Eesti_Peakonsulaat_New_Yorgis, lk 47
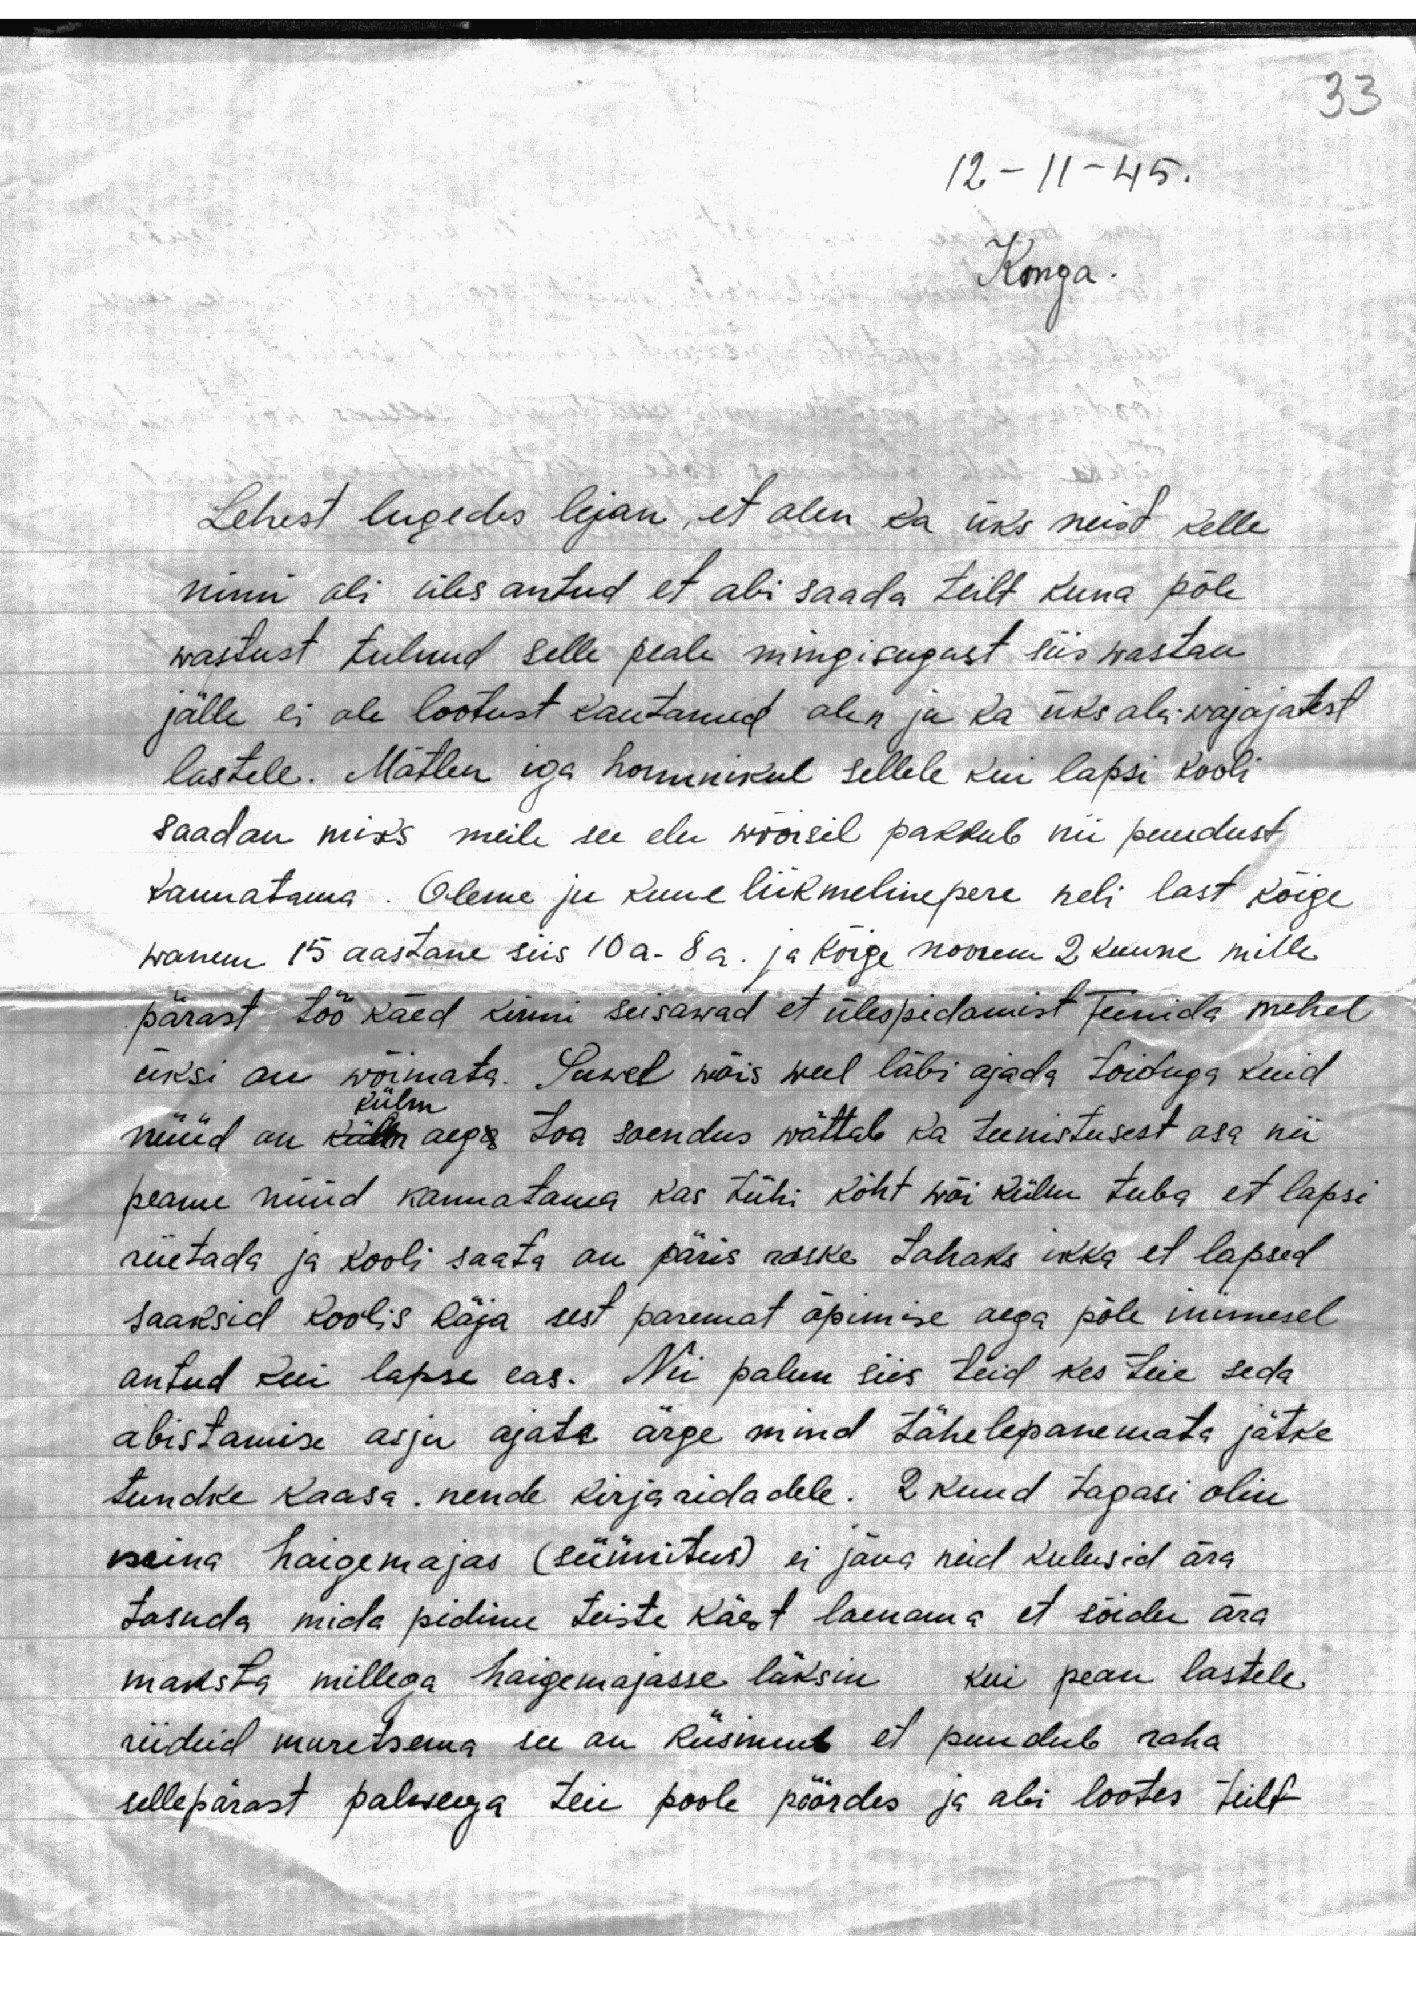
33

12-11-45.

Konga

Lehest lugedes lejan, et olen ka üks neist kelle
nimi oli üles antud et abi saada teilt kuna põle
wastust tulnud selle peale mingisugust, siis wastan
jälle ei ole lootust kautanud olen ju ka üks abi wajajatest
lastele. Mõtlen iga hommikul sellele kui lapsi kooli
saadan miks meile see elu wõõrsil pakkub nii puudust
kannatama. Oleme ju kuue liikmelinepere neli last kõige
wanem 15 aastane siis 10 a. 8 a. ja kõige noorem 2 kuune mille
pärast töö käed kinni seisawad et ülespidamist Teenida mehel
üksi on wõimata. Suwel wõis weel läbi ajada toiduga kuid
nüüd on külm aega toa soendus wõttab ka teenistusest osa nii
peame nüüd kannatama kas tühi kõht wõi külm tuba et lapsi
riietada ja kooli saata on päris raske Tahaks ikka et lapsed
saaksid koolis käja sest paremat õpimise aega põle inimesel
antud kui lapse eas. Nii palun siis teid kes teie seda
abistamise asju ajate ärge mind tähelepanemata jätke
tundke kaasa. nende kirjaridadele. 2 kuud tagasi olin
mina haigemajas (süünitus) ei jõua neid kulusid ära
tasuda mida pidime teiste käest laenama et sõidu ära
maksta millega haigemajasse läksin kui pean lastele
riideid muretsema see on küsimus et puudub raha
sellepärast palwega teie poole pöördes ja abi lootes teilt